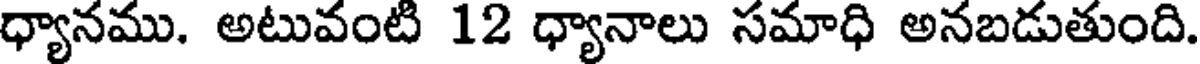
ధ్యానము. అటువంటి 12 ధ్యానాలు సమాధి అనబడుతుంది.